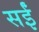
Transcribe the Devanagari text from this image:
सईं